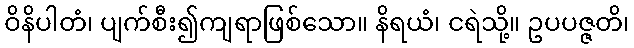
ဝိနိပါတံ၊ ပျက်စီး၍ကျရာဖြစ်သော။ နိရယံ၊ ငရဲသို့။ ဥပပဇ္ဇတိ၊